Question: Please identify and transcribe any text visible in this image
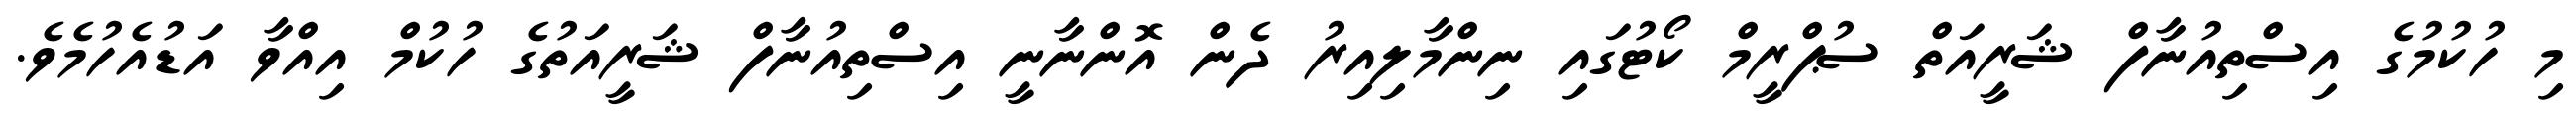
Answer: މި ހުކުމުގެ އިސްތިއުނާފް ޝަރީއަތް ސުޕްރީމް ކޯޓުގައި ނިންމާލިއިރު ދެން އޮންނާނީ އިސްތިއުނާފް ޝަރީއަތުގެ ހުކުމް އިއްވާ އަޑުއެހުމެވެ.